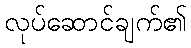
လုပ်ဆောင်ချက်၏